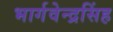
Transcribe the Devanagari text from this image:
भार्गवेन्द्रसिंह